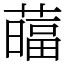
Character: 䕎